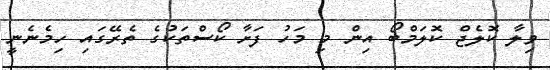
ވިލާ ކޮލެޖް ކޮލަމްބޯ އިން މި މަހު ފަށާ ކޯސްތަކުގެ ތެރޭގައި ހިމެނެނީ